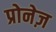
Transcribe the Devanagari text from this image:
प्रोनेज़